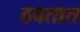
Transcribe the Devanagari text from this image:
ठवतात